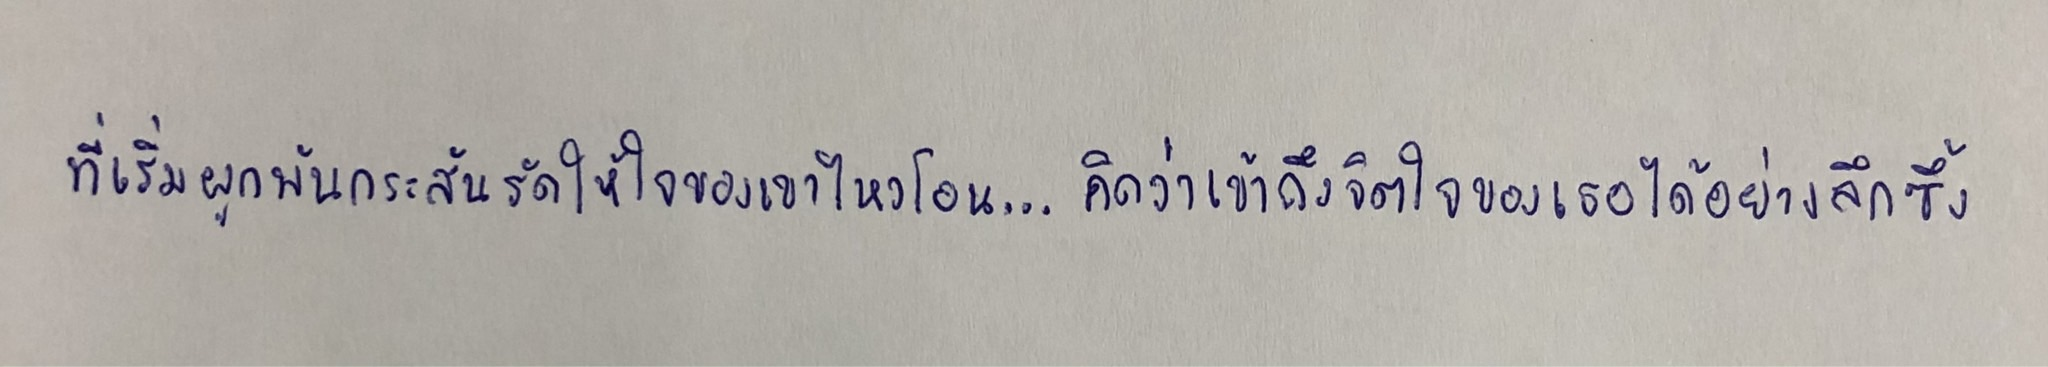
ที่เริ่มผูกพันกระสันรัดให้ใจของเขาไหวโอน...คิดว่าเข้าถึงจิตใจของเธอได้อย่างลึกซึ้ง